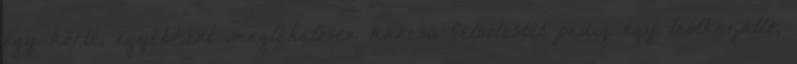
egy körte, egyébként meglehetősen karcsú felsőtestét pedig egy testhezálló,